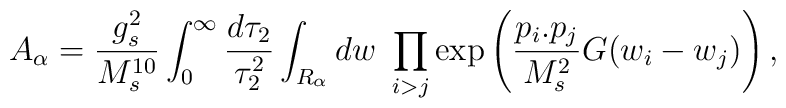
A_{\alpha}= {{g_s^2}\over{M_s^{10}}} \int_{0}^{\infty}{{d\tau_2}\over{\tau_2^2}}\int_{R_{\alpha}}dw \ \prod_{i>j} \exp\left({p_i.p_j \over M_s^2}G(w_i-w_j)\right),